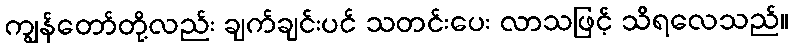
ကျွန်တော်တို့လည်း ချက်ချင်းပင် သတင်းပေး လာသဖြင့် သိရလေသည်။